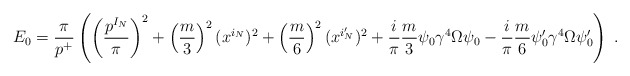
\begin{align*}E_0 = \frac{\pi}{p^+} \left( \left( \frac{p^{I_N}}{\pi} \right)^2 + \left( \frac{m}{3} \right)^2 (x^{i_N})^2 + \left( \frac{m}{6} \right)^2 (x^{i'_N})^2 + \frac{i}{\pi} \frac{m}{3} \psi_0 \gamma^4 \Omega \psi_0 - \frac{i}{\pi} \frac{m}{6} \psi'_0 \gamma^4 \Omega \psi'_0 \right) ~.\end{align*}